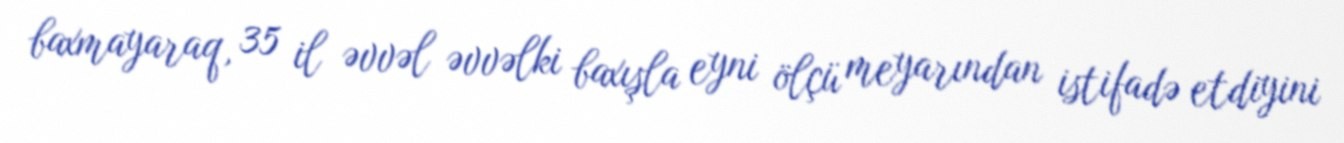
baxmayaraq, 35 il əvvəl əvvəlki baxışla eyni ölçü meyarından istifadə etdiyini